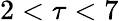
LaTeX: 2<\tau<7